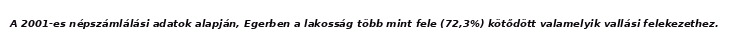
A 2001-es népszámlálási adatok alapján, Egerben a lakosság több mint fele (72,3%) kötődött valamelyik vallási felekezethez.